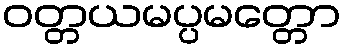
ဝတ္တယမပ္ပမတ္တော